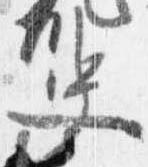
史